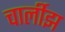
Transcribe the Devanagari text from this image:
चार्लीझ